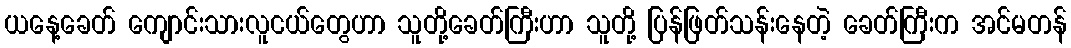
ယနေ့ခေတ် ကျောင်းသားလူငယ်တွေဟာ သူတို့ခေတ်ကြီးဟာ သူတို့ ပြန်ဖြတ်သန်းနေတဲ့ ခေတ်ကြီးက အင်မတန်